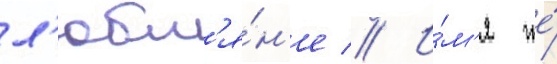
л'юбл'я́н'е // И́м'я же́